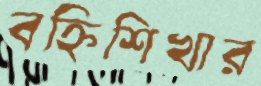
বহ্নিশিখার